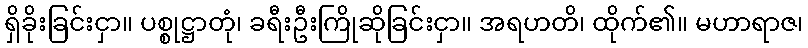
ရှိခိုးခြင်းငှာ။ ပစ္စုဋ္ဌာတုံ၊ ခရီးဦးကြိုဆိုခြင်းငှာ။ အရဟတိ၊ ထိုက်၏။ မဟာရာဇ၊